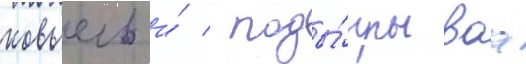
ковьель и́ / поды́грываа